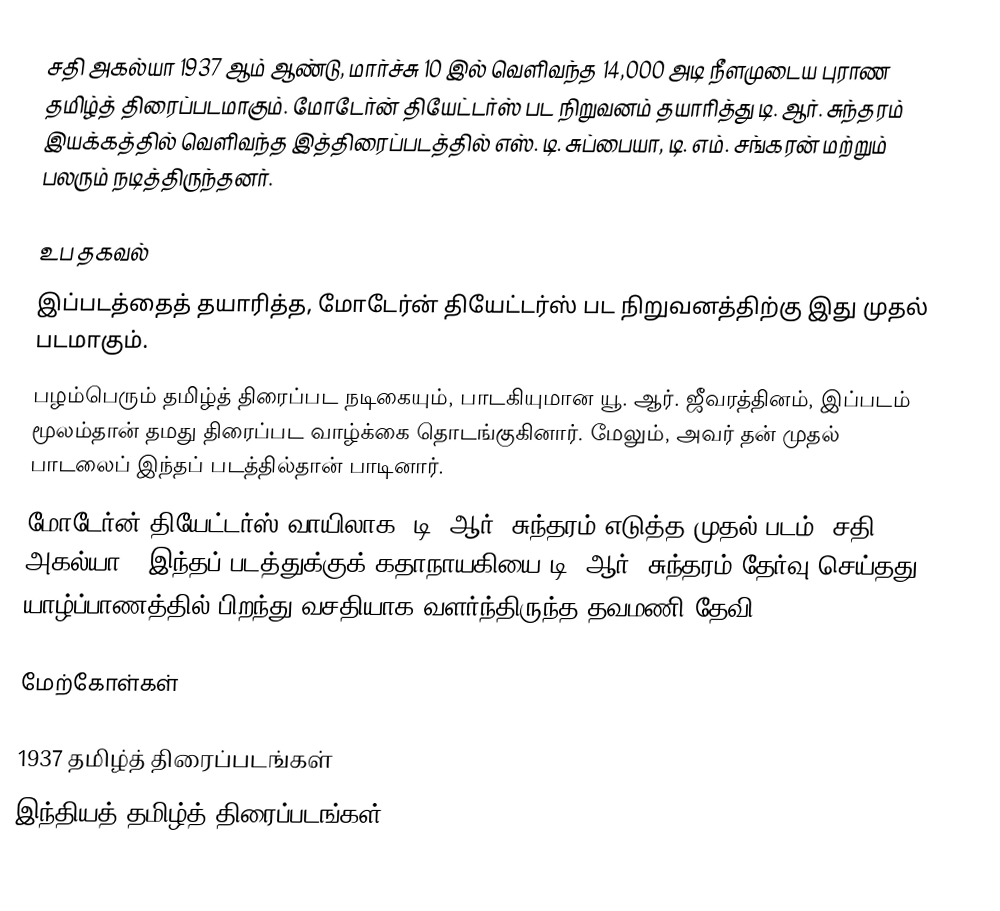
சதி அகல்யா 1937 ஆம் ஆண்டு, மார்ச்சு 10 இல் வெளிவந்த 14,000 அடி நீளமுடைய புராண தமிழ்த் திரைப்படமாகும். மோடேர்ன் தியேட்டர்ஸ் பட நிறுவனம் தயாரித்து டி. ஆர். சுந்தரம் இயக்கத்தில் வெளிவந்த இத்திரைப்படத்தில் எஸ். டி. சுப்பையா, டி. எம். சங்கரன் மற்றும் பலரும் நடித்திருந்தனர்.

உப தகவல்
 இப்படத்தைத் தயாரித்த, மோடேர்ன் தியேட்டர்ஸ் பட நிறுவனத்திற்கு இது முதல் படமாகும்.
 பழம்பெரும் தமிழ்த் திரைப்பட நடிகையும், பாடகியுமான யூ. ஆர். ஜீவரத்தினம், இப்படம் மூலம்தான் தமது திரைப்பட வாழ்க்கை தொடங்குகினார். மேலும், அவர் தன் முதல் பாடலைப் இந்தப் படத்தில்தான் பாடினார்.
 மோடேர்ன் தியேட்டர்ஸ் வாயிலாக, டி. ஆர். சுந்தரம் எடுத்த முதல் படம் ‘சதி அகல்யா’. இந்தப் படத்துக்குக் கதாநாயகியை டி. ஆர். சுந்தரம் தேர்வு செய்தது யாழ்ப்பாணத்தில் பிறந்து வசதியாக வளர்ந்திருந்த தவமணி தேவி.

மேற்கோள்கள்

1937 தமிழ்த் திரைப்படங்கள்
இந்தியத் தமிழ்த் திரைப்படங்கள்